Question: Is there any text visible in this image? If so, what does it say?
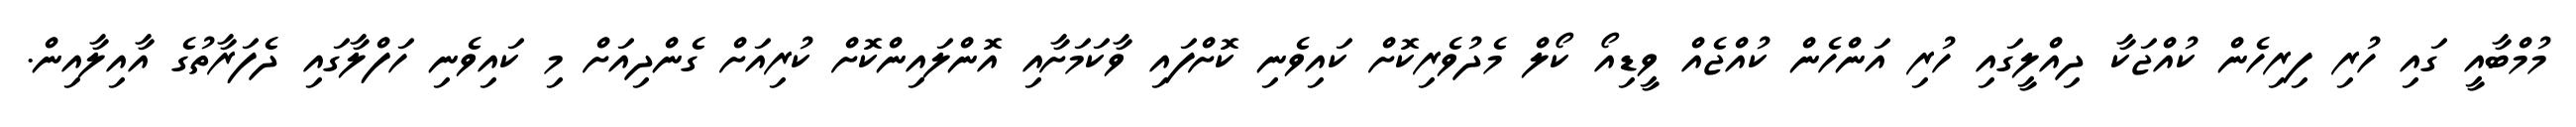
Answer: މުމްބާއީ ގައި ހުރި ފިރިހެން ކުއްޖަކާ ދިއްލީގައި ހުރި އަންހެން ކުއްޖެއް ވީޑިއޯ ކޯލް މެދުވެރިކޮށް ކައިވެނި ކޮށްފައި ވާކަމަށާއި އޮންލައިންކޮށް ކުރިއަށް ގެންދިއަށް މި ކައިވެނި ހަފްލާގައި ދެފަރާތުގެ އާއިލާއިން.